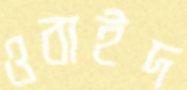
ওবাইদ